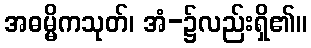
အဓမ္မိကသုတ်၊ အံ-၌လည်းရှိ၏။